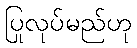
ပြုလုပ်မည်ဟု